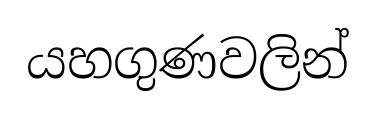
යහගුණවලින්